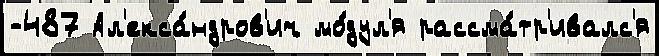
-487 Ал'екса́ндров'ич мо́дул'я рассма́тр'ивалс'я